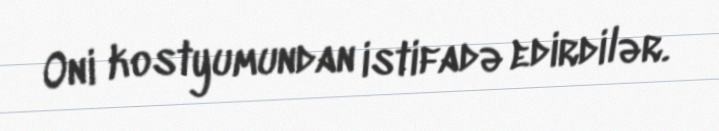
Oni kostyumundan istifadə edirdilər.